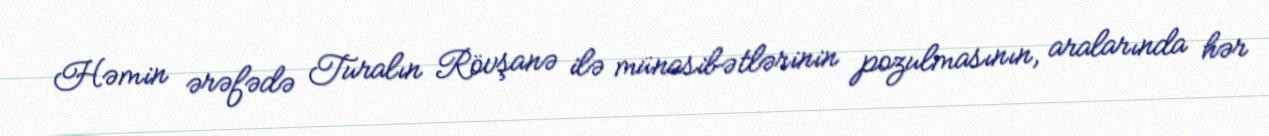
Həmin ərəfədə Turalın Rövşanə ilə münasibətlərinin pozulmasının, aralarında hər